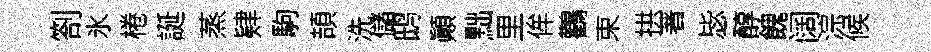
劄氷棬誕蒸肄駒頡洗儲鸱顚黜里侔鸛束拱著毖醇餽阔淙候